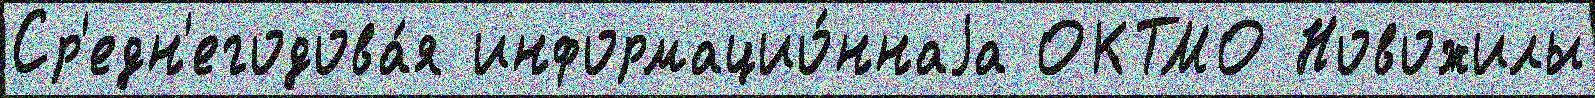
Ср'едн'егодова́я информацио́ннаjа ОКТМО Новожилы